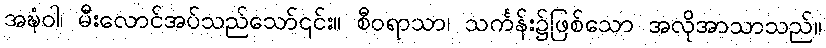
အဍ္ဎံဝါ၊ မီးလောင်အပ်သည်သော်၎င်း။ စီဝရာသာ၊ သင်္ကန်း၌ဖြစ်သော အလိုအာသာသည်။